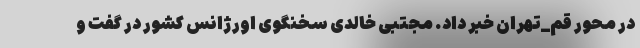
در محور قم_تهران خبر داد. مجتبی خالدی سخنگوی اورژانس کشور در گفت و